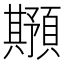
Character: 𲊸